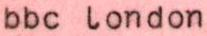
bbc london